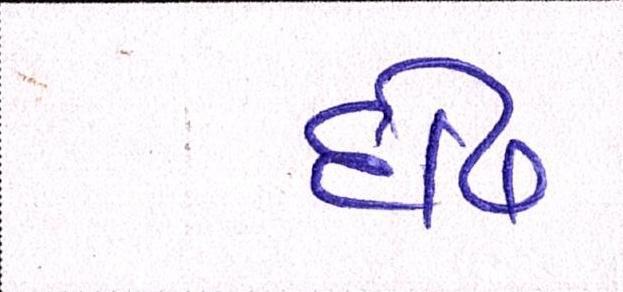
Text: દોઢ